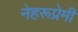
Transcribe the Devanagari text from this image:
नेहरूप्रेमी